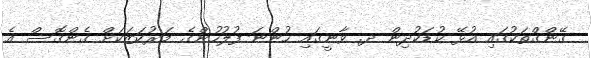
ގޭންގްތަކުގައި އުޅޭ ކުޑަކުދިން ދ. ވާނީގައި ހުންނަ ފުލުހުންގެ މަރުކަޒަކަށް ގެންގޮސް އެ